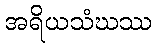
အရိယသံဃဿ